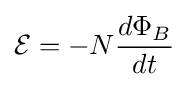
{\mathcal {E}}=-N{{d\Phi _{B}} \over dt}